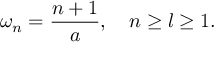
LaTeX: \omega _ { n } = \frac { n + 1 } { a } , \quad n \ge l \ge 1 .